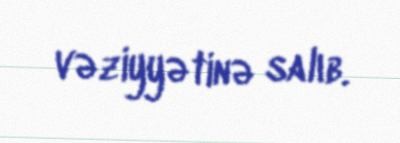
vəziyyətinə salıb.